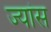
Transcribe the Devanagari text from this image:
ज्यांस